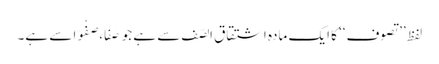
لفظِ ’’تصوف‘‘ کا ایک مادہ اشتقاق الصَّف سے ہے جو صَفَا، صَفْوًا سے ہے۔